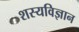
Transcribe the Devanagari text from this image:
शस्यविज्ञान